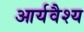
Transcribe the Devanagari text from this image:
आर्यवैश्‍य